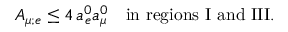
A _ { \mu ; e } \leq 4 \, a _ { e } ^ { 0 } a _ { \mu } ^ { 0 } \quad \mathrm { i n ~ r e g i o n s ~ I ~ a n d ~ I I I } .